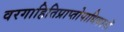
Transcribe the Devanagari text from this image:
वरगाहितिप्राप्तोपाधिकानॉ